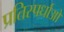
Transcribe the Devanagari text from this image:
प्रतिस्पर्धाओ